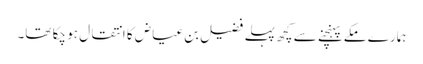
ہمارے مکے پہنچنے سے کچھ پہلے فضیل بن عیاض کا انتقال ہو چکا تھا۔